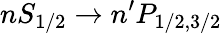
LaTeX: {nS_{1/2}}\rightarrow n^{\prime}P_{1/2,3/2}